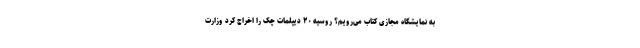
به نمایشگاه مجازی کتاب می‌رویم؟ روسیه ۲۰ دیپلمات چک را اخراج کرد وزارت